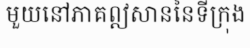
មួយនៅភាគឦសាននៃទីក្រុង